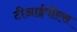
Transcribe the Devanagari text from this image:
टीआईपीएस